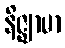
နိဇ္ဈာမာ